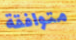
متوافقة